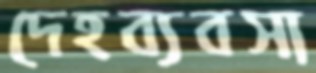
দেহব্যবসা